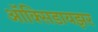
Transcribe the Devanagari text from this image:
ऑक्‍सिडायझर